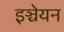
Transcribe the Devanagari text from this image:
इञ्चेयन